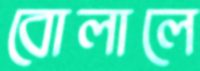
বোলালে